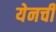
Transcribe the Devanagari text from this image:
येनची